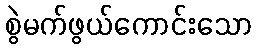
စွဲမက်ဖွယ်ကောင်းသော